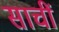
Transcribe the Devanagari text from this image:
साचीं